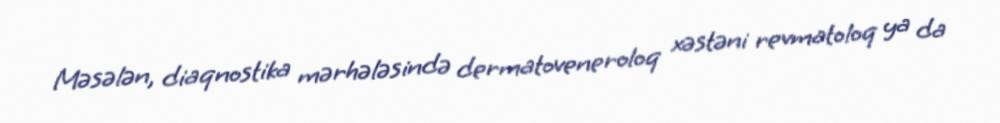
Məsələn, diaqnostika mərhələsində dermatoveneroloq xəstəni revmatoloq ya da